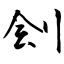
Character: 刽